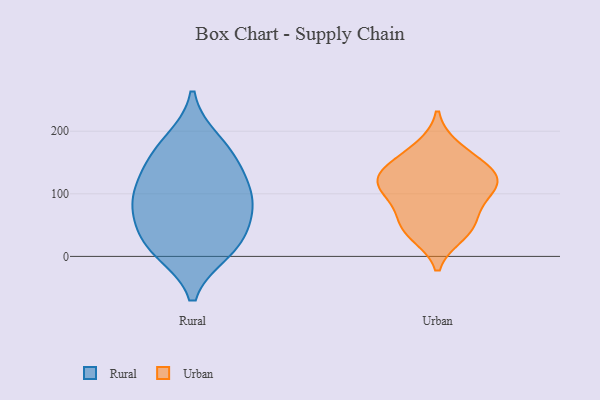
{"axis": {"x": "Operating Costs (USD K)", "y": "Value"}, "legend": ["Rural", "Urban"], "data": [{"x": "", "y": 22, "type": "Rural"}, {"x": "", "y": 69, "type": "Rural"}, {"x": "", "y": 142, "type": "Rural"}, {"x": "", "y": 10, "type": "Rural"}, {"x": "", "y": 91, "type": "Rural"}, {"x": "", "y": 159, "type": "Rural"}, {"x": "", "y": 183, "type": "Rural"}, {"x": "", "y": 83, "type": "Rural"}, {"x": "", "y": 106, "type": "Rural"}, {"x": "", "y": 22, "type": "Rural"}, {"x": "", "y": 50, "type": "Urban"}, {"x": "", "y": 127, "type": "Urban"}, {"x": "", "y": 36, "type": "Urban"}, {"x": "", "y": 129, "type": "Urban"}, {"x": "", "y": 173, "type": "Urban"}, {"x": "", "y": 105, "type": "Urban"}, {"x": "", "y": 48, "type": "Urban"}, {"x": "", "y": 110, "type": "Urban"}, {"x": "", "y": 127, "type": "Urban"}, {"x": "", "y": 153, "type": "Urban"}, {"x": "", "y": 85, "type": "Urban"}]}